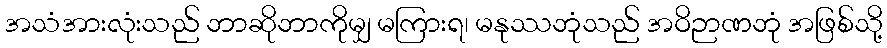
အသံအားလုံးသည် ဘာဆိုဘာကိုမျှ မကြားရ၊ မနုဿဘုံသည် အဝိဉာဏဘုံ အဖြစ်သို့